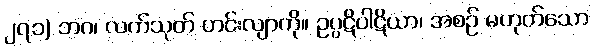
၂၇၁) ဘဂ၊ လက်သုတ် ဟင်းလျာကို။ ဥပ္ပဋိပါဋိယာ၊ အစဉ် မဟုတ်သော